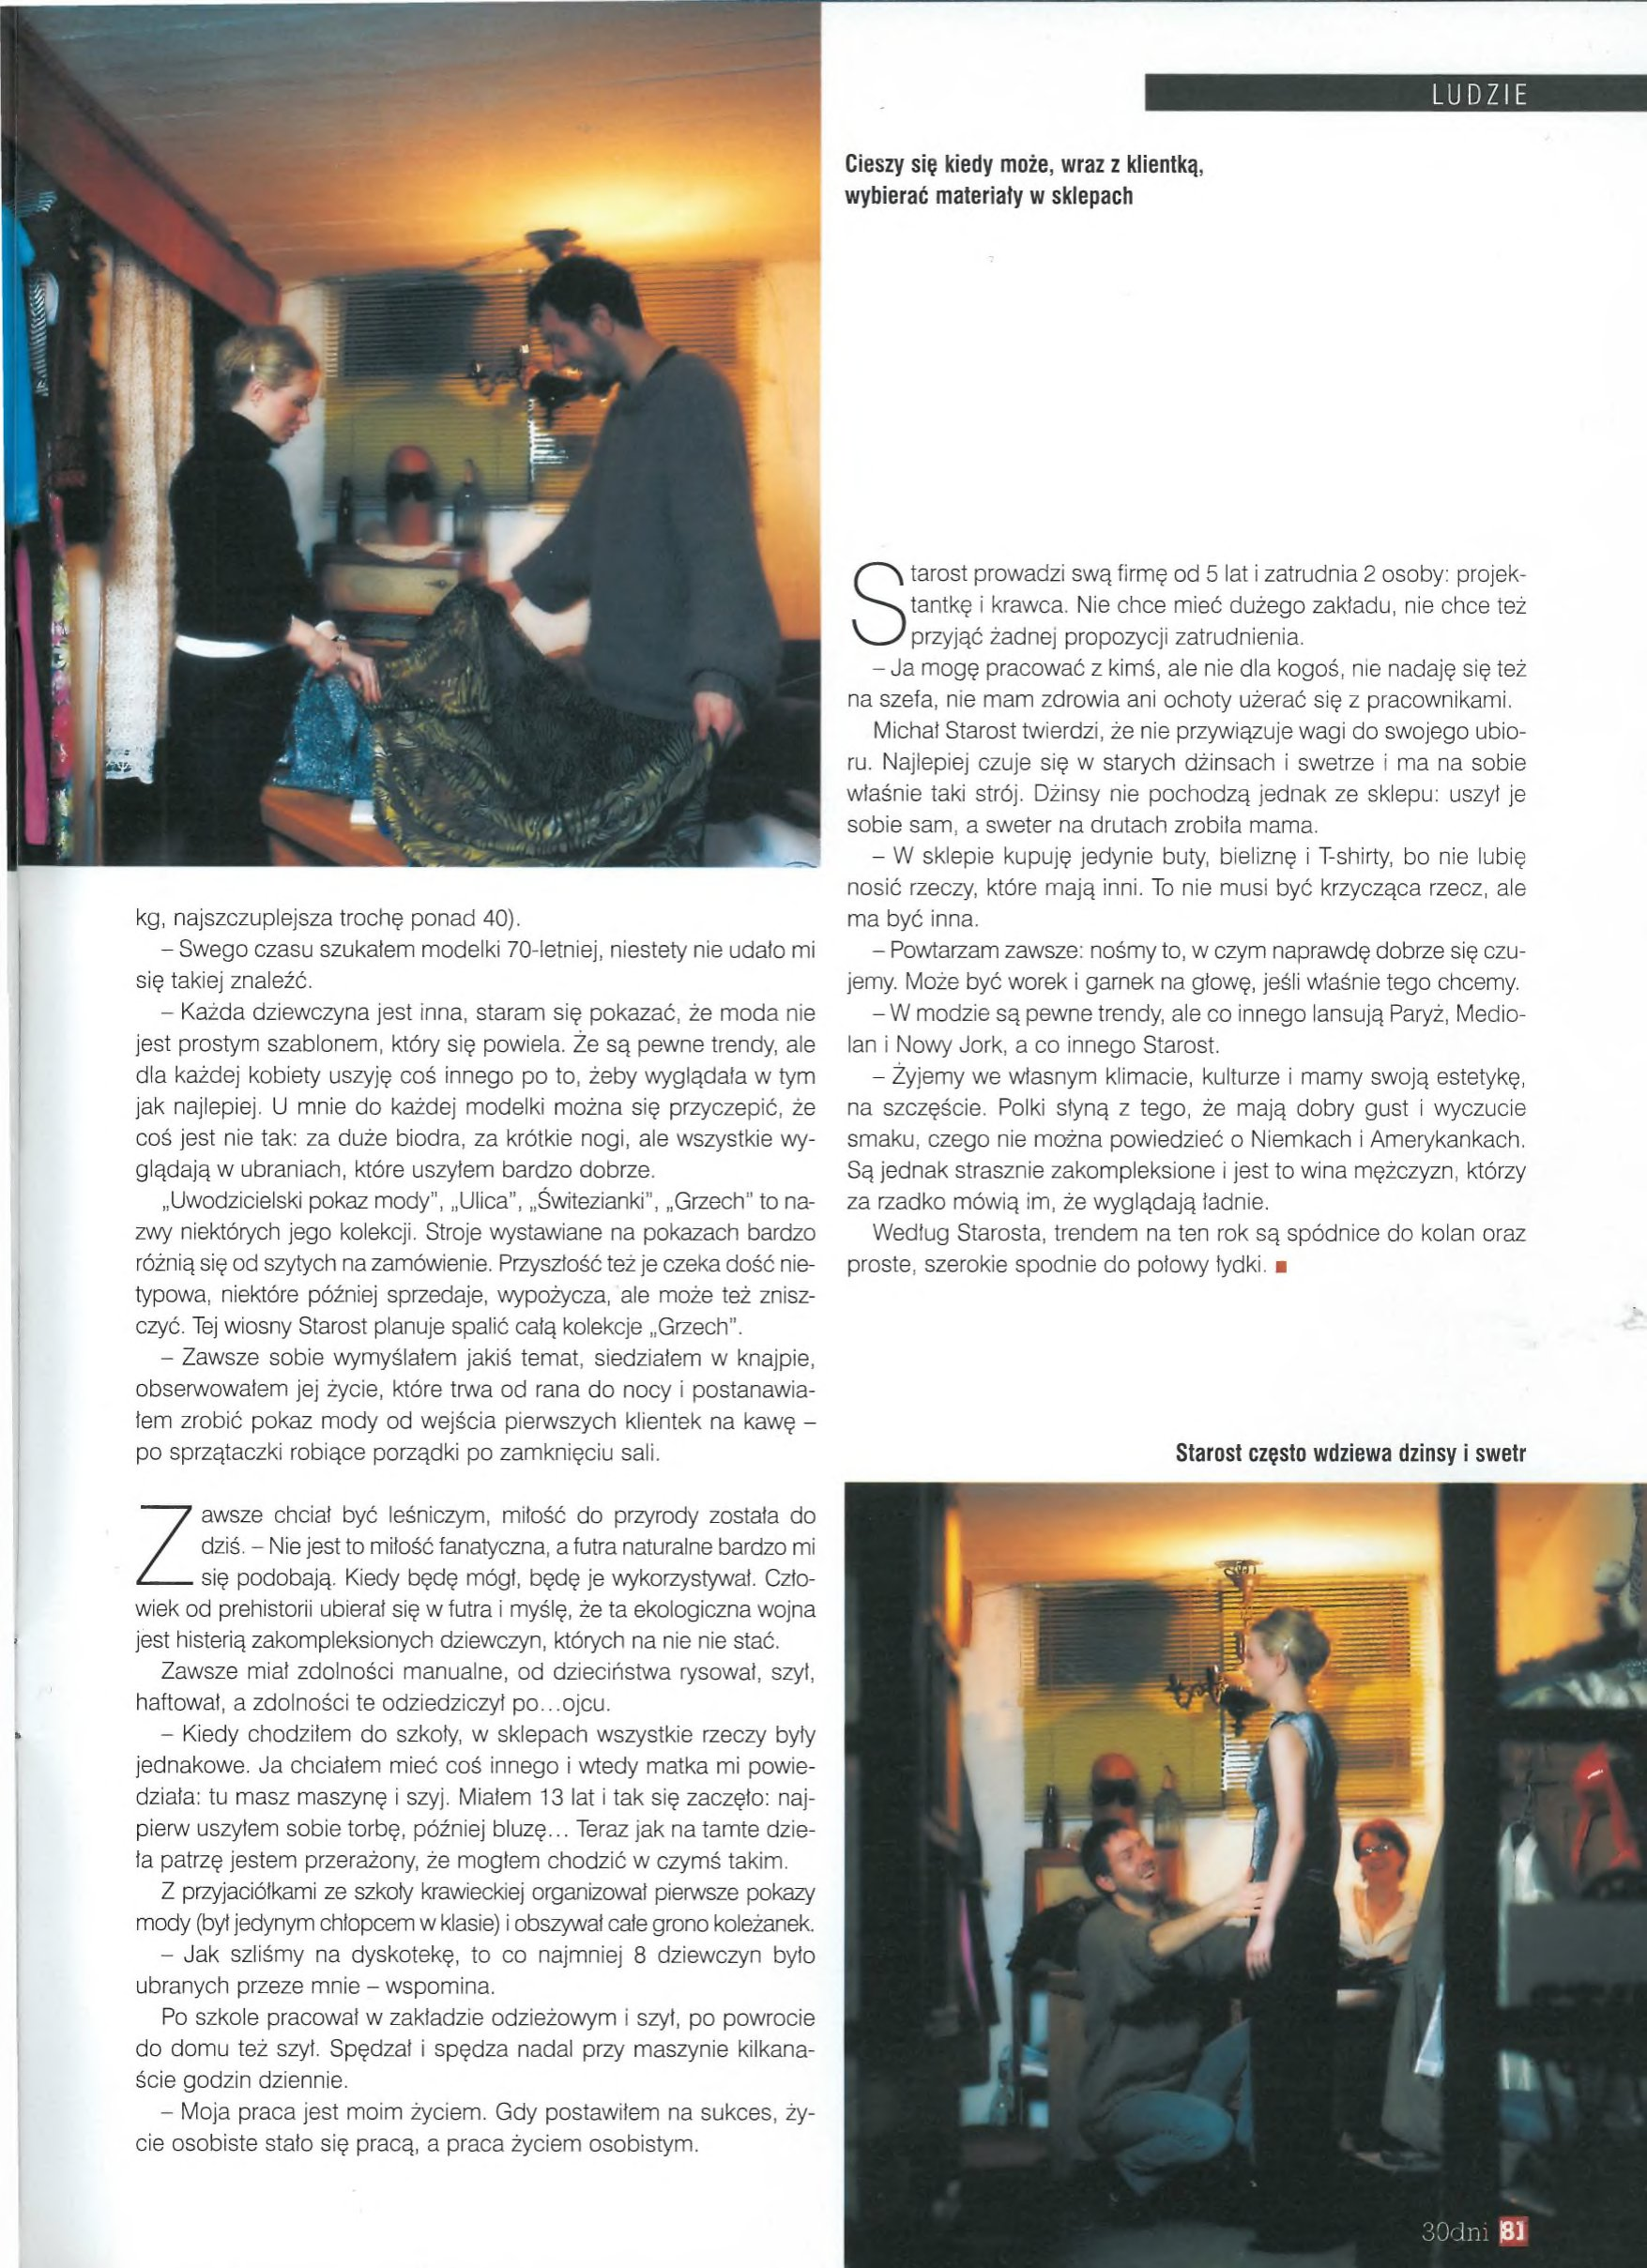
Language: pl